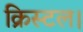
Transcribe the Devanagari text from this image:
क्रिस्टल।